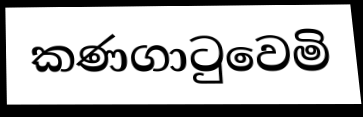
කණගාටුවෙමි